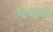
પઘના